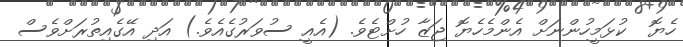
ހެޔޮ  ކުޅަމީހުންނަށް އެންމެހެޔޮ ޖަޒާ ހުށްޓެވެ. (އެއީ ސުވަރުގެއެވެ.) އަދި އޭގެއިތުރަށްވެސް